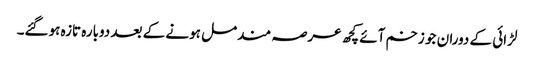
لڑائی کے دوران جو زخم آئے کچھ عرصہ مندمل ہونے کے بعد دوبارہ تازہ ہوگئے۔